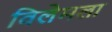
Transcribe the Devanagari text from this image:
विलेमला